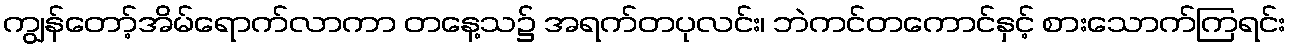
ကျွန်တော့်အိမ်ရောက်လာကာ တနေ့သ၌ အရက်တပုလင်း၊ ဘဲကင်တကောင်နှင့် စားသောက်ကြရင်း